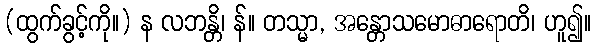
(ထွက်ခွင့်ကို။) န လဘန္တိ၊ န်။ တသ္မာ, အန္တောသမောဓာရောတိ၊ ဟူ၍။